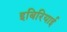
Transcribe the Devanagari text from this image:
इबिरियाई